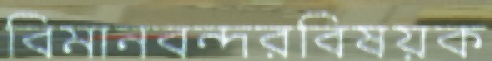
বিমানবন্দরবিষয়ক